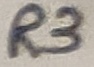
Text: R3